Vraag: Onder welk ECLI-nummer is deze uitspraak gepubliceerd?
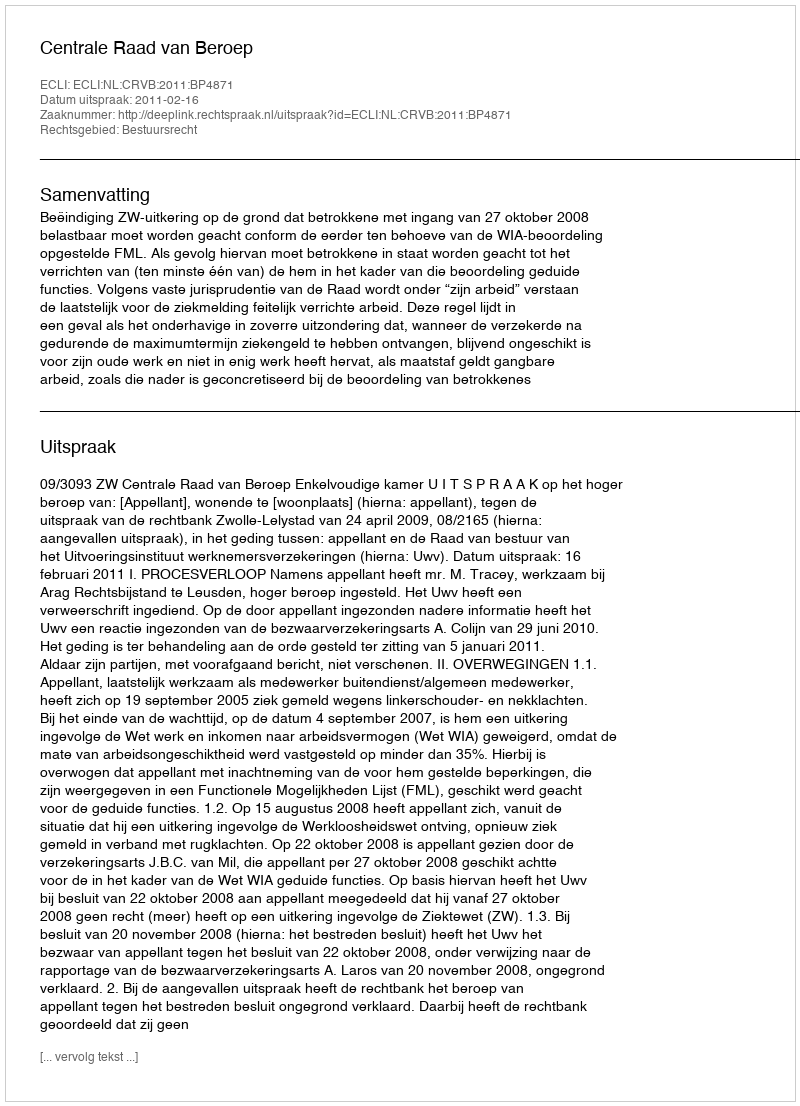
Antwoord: ECLI:NL:CRVB:2011:BP4871